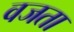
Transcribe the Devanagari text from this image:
वजता